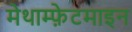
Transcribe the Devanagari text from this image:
मेथाम्फ़ेटमाइन